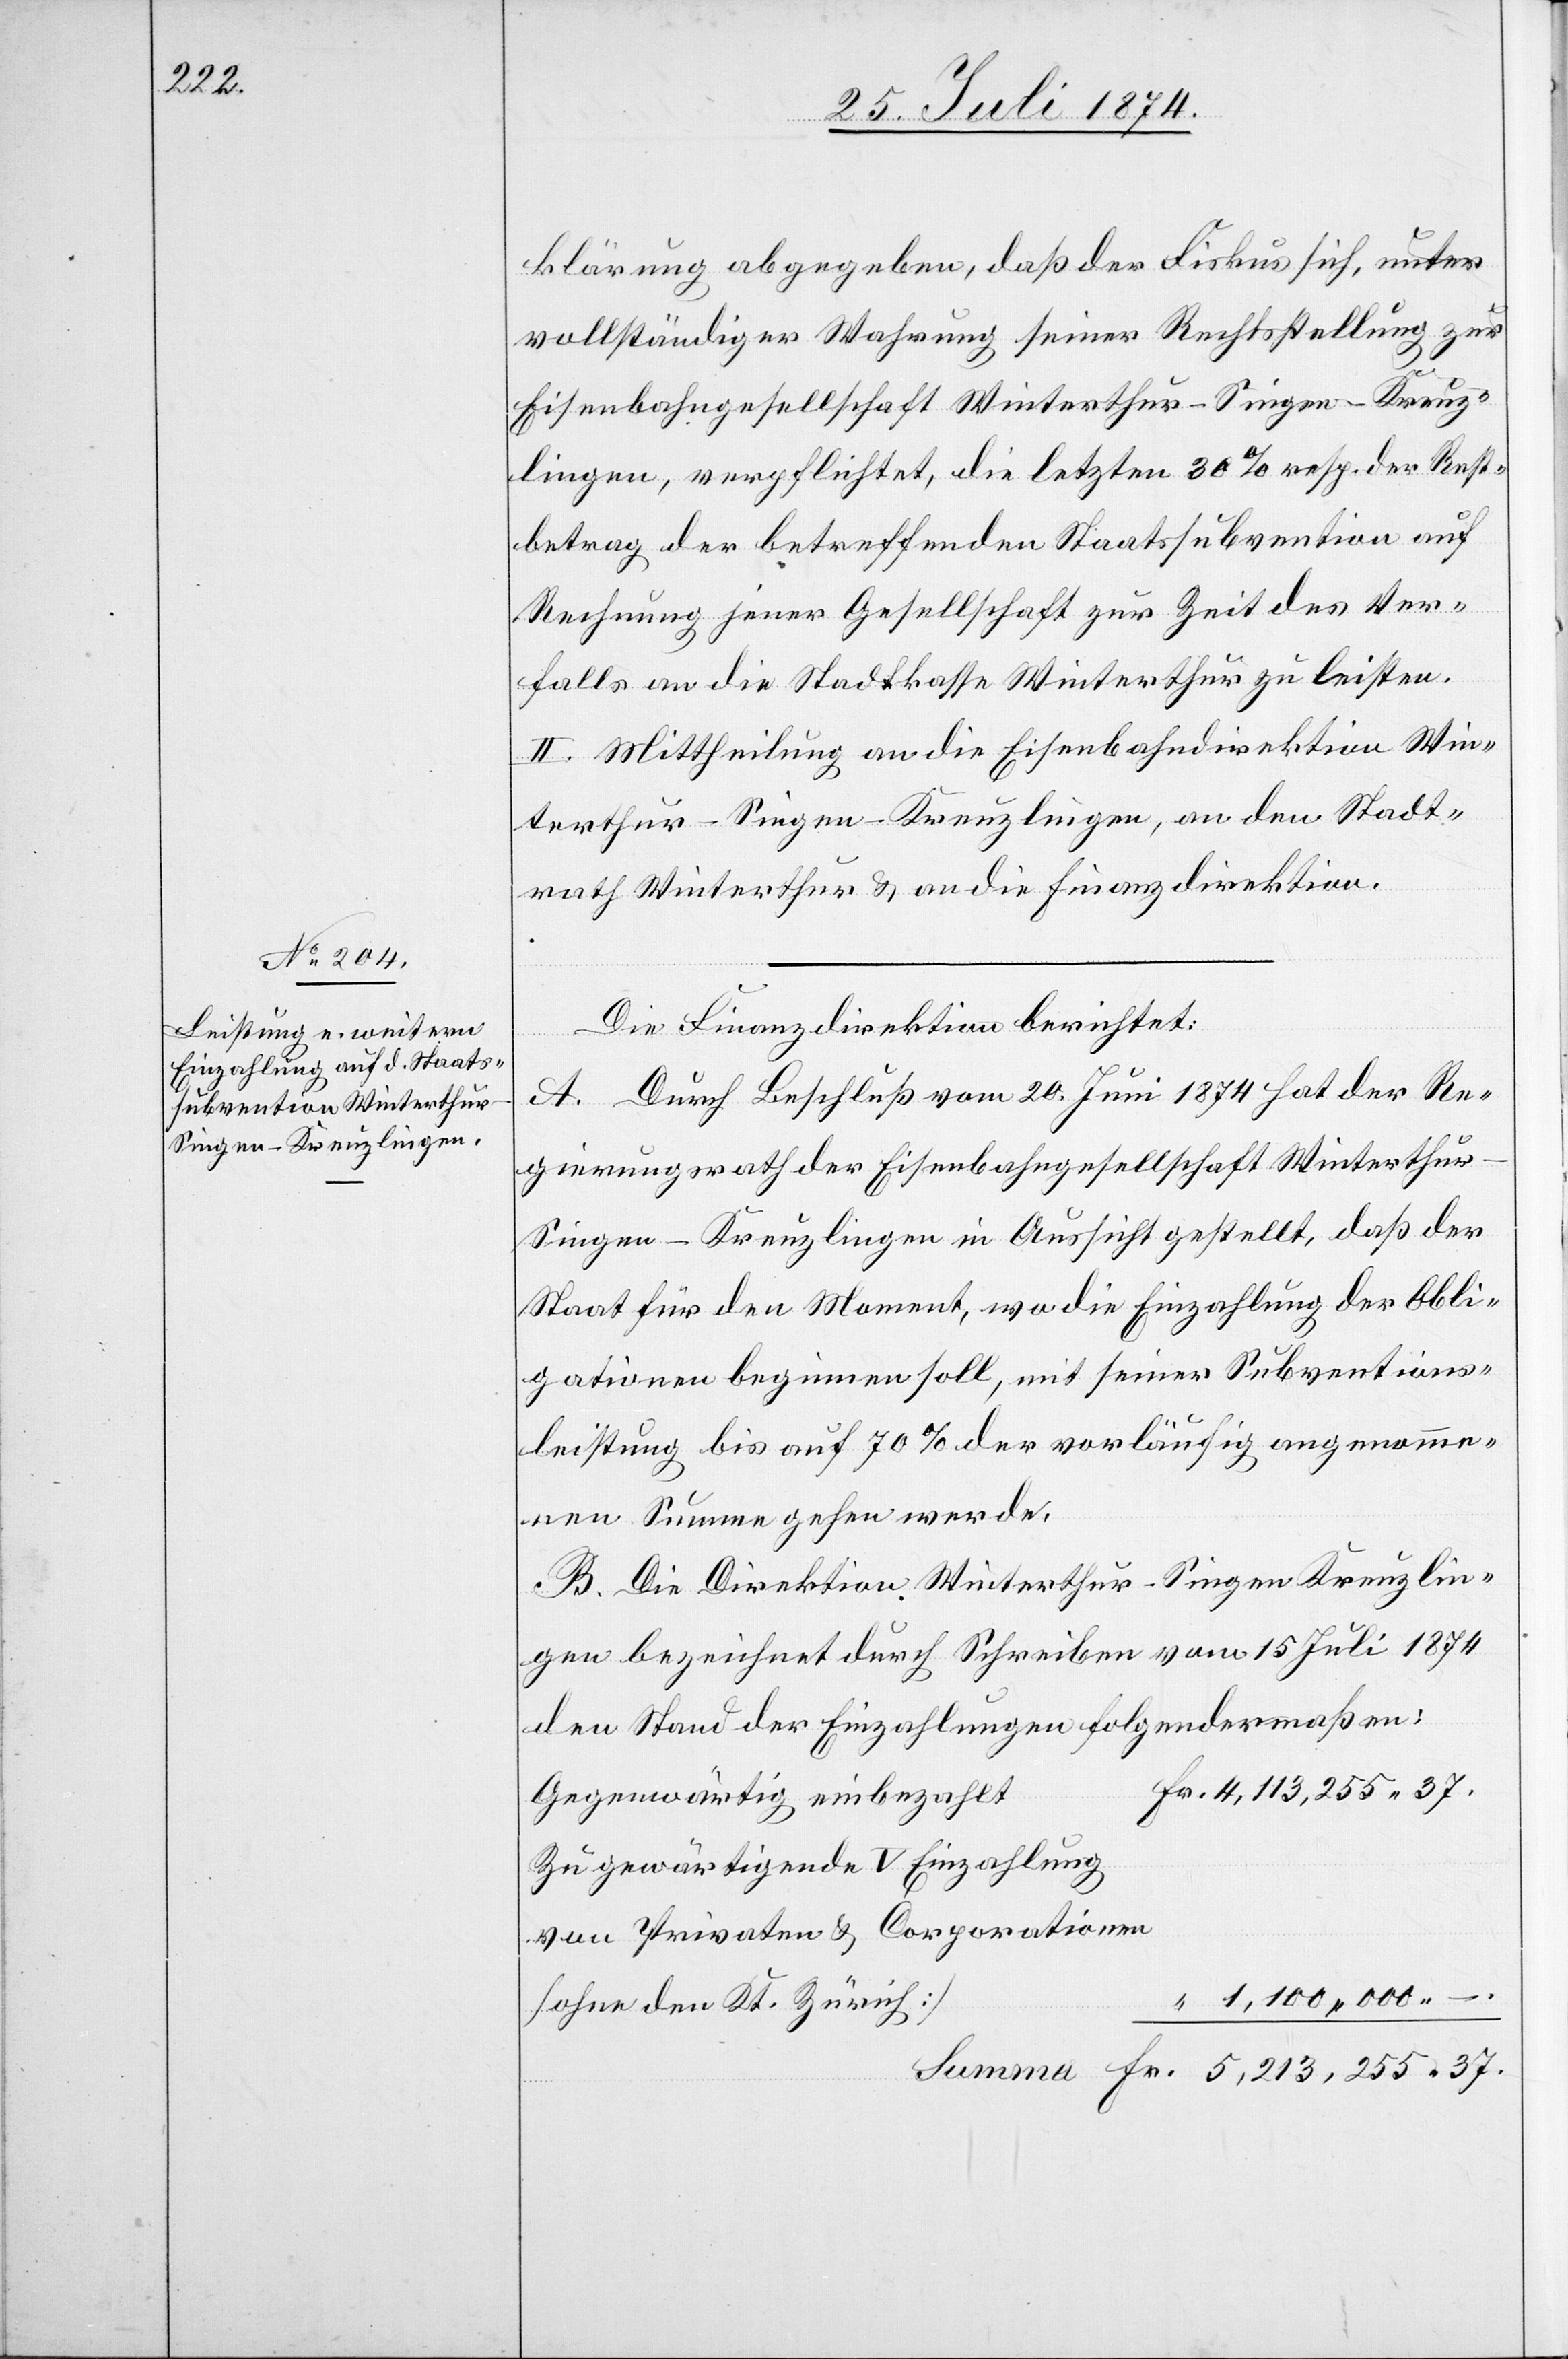
klärung abgegeben, daß der Fiskus sich, unter
vollständiger Wahrung seiner Rechtsstellung zur
Eisenbahngesellschaft Winterthur–Singen–Kreuz¬
lingen, verpflichtet, die letzten 30% resp. der Rest¬
betrag der betreffenden Staatssubvention auf
Rechnung jener Gesellschaft zur Zeit des Ver¬
falls an die Stadtkasse Winterthur zu leisten.
II. Mittheilung an die Eisenbahndirektion Win¬
terthur–Singen–Kreuzlingen, an den Stadt¬
rath Winterthur u. an die Finanzdirektion.
Die Finanzdirektion berichtet:
A. Durch Beschluß vom 20. Juni 1874 hat der Re¬
gierungsrath der Eisenbahngesellschaft Winterthu¬
r–Singen–Kreuzlingen in Aussicht gestellt, daß der
Staat für den Moment, wo die Einzahlung der Obli¬
gationen beginnen soll, mit seiner Subventions¬
leistung bis auf 70% der vorläufig angenomme¬
nen Summe gehen werde.
B. Die Direktion Winterthur–Singen–Kreuzlin¬
gen bezeichnet durch Schreiben vom 15. Juli 1874
den Stand der Einzahlungen folgendermaßen:
Gegenwärtig einbezahlt
Zu gewärtigende V. Einzahlung
von Privaten u. Corporationen
1,100,000.–.
[ohne den Kt. Zürich]